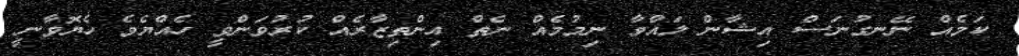
ކަމެއް ނޭނގުނަސް އިޝާން ލައްވާ ނިމުމެއް ނެތް އިންތިޒާރެއް ކުރުވަންވީ ހެއްޔެވެ ހެޔޮވާނީ